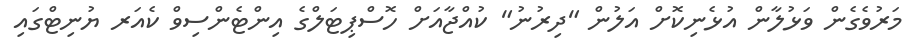
މަރުވެގެން ވަޅުލާން އުޅެނިކޮށް އަލުން "ދިރުނު" ކުއްޖާއަށް ހޮސްޕިޓަލްގެ އިންޓެންސިވް ކެއަރ ޔުނިޓްގައި